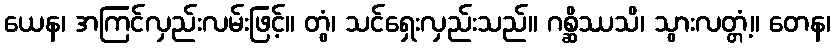
ယေန၊ အကြင်လှည်းလမ်းဖြင့်။ တွံ၊ သင်ရှေးလှည်းသည်။ ဂစ္ဆိဿသိ၊ သွားလတ္တံ့။ တေန၊